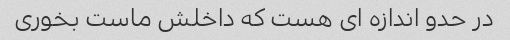
در حدو اندازه ای هست که داخلش ماست بخوری